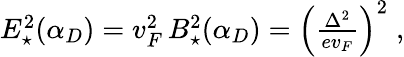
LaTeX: \begin{array}{r}{E_{\star}^{2}(\alpha_{D})=v_{F}^{2}\, B_{\star}^{2}(\alpha_{D})=\left(\frac{\Delta^{2}}{ev_{F}}\right)^{2}\; ,}\end{array}